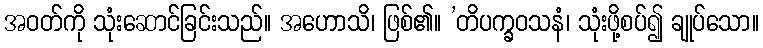
အဝတ်ကို သုံးဆောင်ခြင်းသည်။ အဟောသိ၊ ဖြစ်၏။ ’တိပက္ခဝသနံ၊ သုံးဖို့စပ်၍ ချုပ်သော။